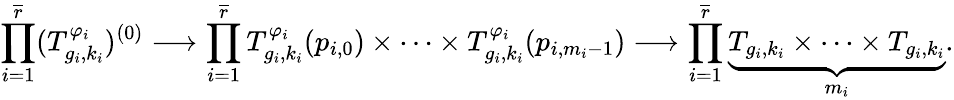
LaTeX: \prod_{i=1}^{\overline{{r}}}(T_{g_{i},k_{i}}^{\varphi_{i}})^{(0)}\longrightarrow\prod_{i=1}^{\overline{{r}}}T_{g_{i},k_{i}}^{\varphi_{i}}(p_{i,0})\times\cdots\times T_{g_{i},k_{i}}^{\varphi_{i}}(p_{i,m_{i}-1})\longrightarrow\prod_{i=1}^{\overline{{r}}}\underbrace{T_{g_{i},k_{i}}\times\cdots\times T_{g_{i},k_{i}}}_{m_{i}}.